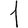
Digit: 1